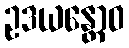
ဥဒယန္တောဝ